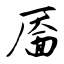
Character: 靥